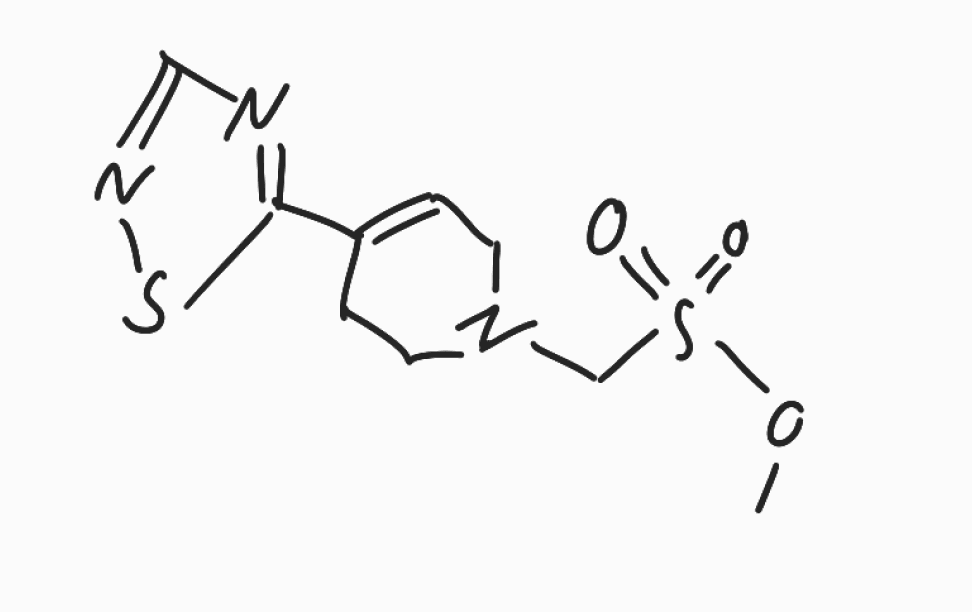
Simplified molecular-input line-entry system (SMILES) notation of the given molecule:
COS(=O)(=O)CN1CCC(=CC1)C2=NC=NS2